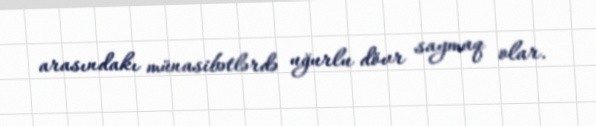
arasındakı münasibətlərdə uğurlu dövr saymaq olar.